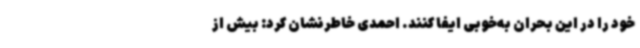
خود را در این بحران به‌خوبی ایفا کنند. احمدی خاطرنشان کرد: بیش از